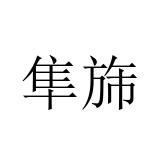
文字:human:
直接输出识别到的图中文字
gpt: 隼旆